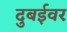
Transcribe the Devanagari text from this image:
दुबईवर